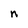
Character: n